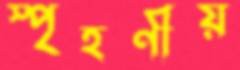
স্পৃহণীয়